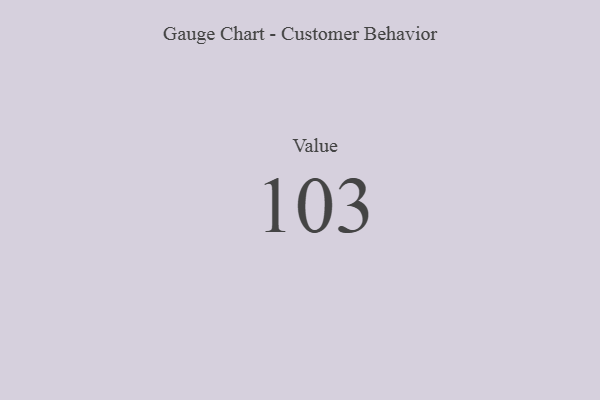
{"axis": {"x": "Metric", "y": "Value"}, "legend": [""], "data": [{"x": "Value", "y": 103, "type": ""}]}